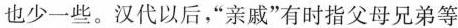
也少一些。汉代以后，”亲戚”有时指父母兄弟等